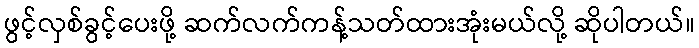
ဖွင့်လှစ်ခွင့်ပေးဖို့ ဆက်လက်ကန့်သတ်ထားအုံးမယ်လို့ ဆိုပါတယ်။